Lunatic asylums Bombay report 1891-1903 - 1891-1903
Year: 1891
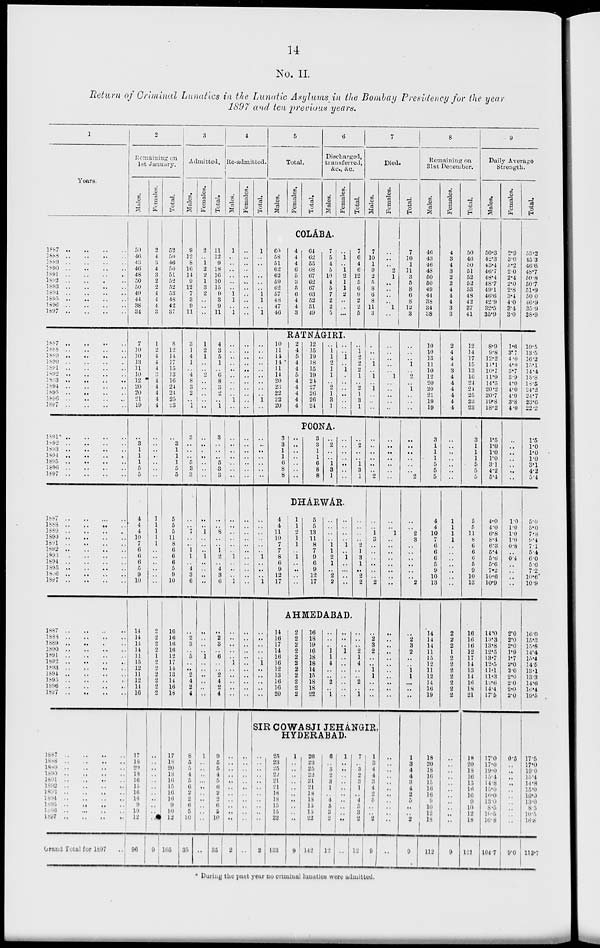
14
No. II.
Return of Criminal Lunatics in the Lunatic Asylums in the Bombay Presidency for the year
1897 and ten previous years.
1
Years.
1887
..
..
..
..
1888
..
..
..
..
1889
..
..
..
..
1890 .. .. .. ..
1891 .. .. .. ..
1892
..
..
..
..
1893
..
..
..
..
1894 .. .. .. ..
1895
..
..
..
..
1896 .. .. .. ..
1897
..
..
..
..
1887 .. .. .. ..
1888 .. .. .. ..
1889
..
..
..
..
1890
..
..
..
..
1891
..
..
..
..
1892 .. .. .. ..
1893 .. .. .. ..
1894
..
..
..
..
1895 .. .. .. ..
1896
..
..
..
..
1897 .. .. .. ..
1891 .. .. .. ..
1892
..
..
..
..
1893 .. .. .. ..
1894 .. .. .. ..
1895
..
..
..
..
1896
..
..
..
..
1897
..
..
..
..
1887
..
..
..
..
1888
..
..
..
..
1889
..
..
..
..
1891
..
..
..
..
1892
..
..
..
..
1893
..
..
..
..
1894
..
..
..
..
1895 .. .. .. ..
1896
..
..
..
..
1897
..
..
..
..
1887
..
..
..
..
1888 .. .. .. ..
1889 .. .. .. ..
1890 .. .. .. ..
1891
..
..
..
..
1892
..
..
..
..
1893 .. .. .. ..
1894
..
..
..
..
1895
..
..
..
..
1896 .. .. .. ..
1897 .. .. .. ..
1887
..
..
..
..
1888
..
..
..
..
1889
..
..
..
..
1890
..
..
..
..
1891
..
..
..
..
1892
..
..
..
..
1893 .. .. .. ..
1894 .. .. .. ..
1895 .. .. .. ..
1896 .. .. .. ..
1897
..
..
..
..
Grand Total for 1897 ..
2
Remaining on
1st January.
Males.
50
46
43
46
48
50
50
49
44
38
34
7
10
10
13
11
10
12
20
20
21
19
..
3
1
1
1
5
5
4
4
4
10
7
6
6
6
5
9
10
14
14
14
14
11
15
12
11
12
14
16
17
18
20
18
16
15
16
16
9
10
12
96
Females.
2
4
8
4
3
2
2
4
4
4
3
1
2
4
4
4
3
4
4
4
4
4
..
..
..
..
..
..
..
1
1
1
1
1
..
..
..
..
..
..
2
2
2
2
1
2
2
2
2
2
2
..
..
..
..
..
..
..
..
..
..
..
9
Total.
52
50
46
50
51
52
52
53
48
42
37
8
12
14
17
15
33
16
24
24
25
23
..
3
1
1
1
5
5
5
5
5
11
8
6
6
6
5
9
10
16
16
16
10
12
17
14
13
14
16
18
17
18
20
18
16
15
16
16
9
10
12
105
3
Admitted.
Males.
9
12
8
16
14
9
12
7
3
9
11
3
1
4
1
..
4
8
3
2
..
1
3
..
..
..
5
3
3
..
..
7
..
..
1
1
..
4
3
6
..
2
3
..
5
..
..
2
4
2
4
8
5
5
4
5
6
2
2
6
5
10
35
Females.
2
..
1
2
2
1
3
2
..
..
..
1
2
1
..
..
2
..
..
..
..
..
..
..
..
..
..
..
..
..
..
1
..
..
..
1
..
..
..
..
..
..
..
..
1
..
..
..
..
..
..
1
..
..
..
..
..
..
..
..
..
..
..
Total.
11
12
9
18
16
10
15
9
3
9
11
4
3
5
1
..
6
8
3
2
..
1
3
..
..
..
5
3
3
..
..
8
..
..
1
2
..
4
3
6
..
2
3
..
6
..
..
2
4
2
4
9
5
5
4
5
6
2
2
6
5
10
35
4
Re-admitted.
Males.
1
..
..
..
..
..
..
1
1
..
1
..
..
..
..
..
..
..
..
..
1
..
..
..
..
..
..
..
..
..
..
..
..
..
..
1
..
..
..
1
..
..
..
..
..
1
..
..
..
..
..
..
..
..
..
..
..
..
..
..
..
..
2
Females.
..
..
..
..
..
..
..
..
..
..
1
..
..
..
..
..
..
..
..
..
..
..
..
..
..
..
..
..
..
..
..
..
..
..
..
..
..
..
..
..
..
..
..
..
..
..
..
..
..
..
..
..
..
..
..
..
..
..
..
..
..
..
..
Total.
1
..
..
..
..
..
..
1
1
..
1
..
..
..
..
..
..
..
..
..
1
..
..
..
..
..
..
..
..
..
..
..
..
..
1
..
..
..
1
..
..
..
..
1
..
..
..
..
..
5
Total.
Males.
Females.
Total.
6
Discharged,
transferred,
&c., &c.
Males.
Females.
Total.
COLÁBA.
60
58
51
62
62
59
62
57
48
47
46
4
4
4
6
5
3
5
6
4
4
3
64
62
55
68
67
62
67
63
52
51
49
7
5
4
5
10
4
5
7
2
2
5
..
1
..
1
2
1
1
2
..
..
..
7
6
4
6
12
5
6
9
2
2
5
RATNÁGIRI.
10
11
14
14
11
14
20
23
22
22
20
2
4
5
4
4
5
4
4
4
4
4
12
15
19
18
15
19
24
27
26
26
24
..
1
1
2
1
..
..
2
1
3
1
..
..
1
..
1
1
..
..
..
..
..
..
1
2
2
2
1
..
2
1
3
1
POONA.
3
3
1
1
6
8
8
..
..
..
..
..
..
..
3
3
1
1
6
8
8
..
2
..
..
1
3
1
..
..
..
..
..
..
..
..
2
..
..
1
3
1
DHÁRWÁR.
4
4
11
10
7
7
8
6
9
12
17
1
1
2
1
1
..
1
..
..
..
..
5
5
13
11
8
7
9
6
9
12
17
..
..
..
..
1
1
2
1
..
2
2
..
..
..
..
1
..
1
..
..
..
..
..
..
..
..
2
1
3
1
..
2
2
AHMEDABAD.
14
16
17
14
16
16
12
13
16
16
20
2
2
2 2
2
2
2
2
2
2
2
16
18
19
16
18
18
14
15
18
18
22
..
..
..
1
1
4
..
..
2
..
1
..
..
..
1
..
..
..
..
..
..
..
..
..
..
2
1
4
..
..
2
..
1
7
Died.
Males.
7
10
1
9
2
5
8
6
8
11
3
..
..
..
1
..
1
..
1
..
..
..
..
..
..
..
..
..
2
..
..
1
3
..
..
..
..
..
..
2
..
2
3
2
..
..
1
1
..
..
..
SIR COWASJI JEHÁNGIR
HYDERABAD.
..
..
..
..
..
..
..
..
..
..
..
8
25
23
25
22
21
21 18
18
15
15
22
133
1
..
..
..
..
..
..
..
..
..
..
9
26
23
25
22
21
21
18
18
15
15
22
142
6
..
3
2
3
1
..
4
5
3
2
12
1
..
..
..
..
..
..
..
..
..
..
..
7
..
3
2
3
1
..
4
5
3
2
12
1
3
4
4
3
4
2
5
..
..
2
9
Females.
..
..
..
2
1
..
..
..
..
1
..
..
..
..
..
..
1
..
..
..
..
..
..
..
..
..
..
..
..
..
..
1
..
..
..
..
..
..
..
..
..
..
..
..
..
..
..
..
..
..
..
..
..
..
..
..
..
..
..
..
..
..
..
Total.
7
10
1
11
3
5
8
6
8
12
3
..
..
..
1
..
2
..
1
..
..
..
..
..
..
..
..
..
2
..
..
2
3
..
..
..
..
..
..
2
..
2
3
2
..
..
1
1
..
..
..
1
3
4
4
3
4
2
5
..
..
2
9
8
Remaining on
31st December.
Males.
46
43
46
48
50
60
49
44
38
34
38
10
10
13
11
10
12
20
20
21
19
19
3
1
1
1
5
5
5
4
4
10
7
6
6
6
5
9
10
13
14
14
14
11
15
12
11
12
14
16
19
18
20
18
16
15
16
16
9
10
12
18
113
Females.
4
3
4
3
2
2
4
4
4
3
3
2
4
4
4
3
4
4
4
4
4
4
..
..
..
..
..
..
..
1
1
1
1
..
..
..
..
..
..
..
2
2
2
1
2
2
2
2
2
2
2
..
..
..
..
..
..
..
..
..
..
..
9
Total.
50
46
50
51
52
52
53
48
42
37
41
12
14
17
15
33
10
24
24
25
23
23
3
1
1
1
5
5
5
5
5
11
8
6
6
6
5
9
10
13
16
16
16
12
17
14
13
14
16
18
21
18
20
18
16
15
16
16
9
10
12
18
121
9
Daily Average
Strength.
Males.
50.3
42.3
43.4
46.7
48.4
48.7
49.1
46.6
42.9
32.5
35.9
8.9
9.8
12.2
11.1
10.7
11.9
14.5
20.2
20.7
19.8
18.2
1.5
1.0
1.0
1.0
3.1
4.2
5.4
4.0
4.0
6.8
8.4
6.3
5.4
5.6
5.6
7.2
10.6
10.9
14.0
13.3
13.8
12.5
13.7
12.5
11.1
11.3
12.6
14.4
17.6
17.0
17.0
19.0
15.4
14.8
15.0
16.0
13.0
8.5
16.5
16.8
104.7
Females.
2.9
3.0
3.2
2.0
2.4
2.0
2.8
3.4
4.0
3.4
3.0
1.6
3.7
4.0
4.0
3.7
3.9
4.0
4.0
4.0
3.8
4.0
..
..
..
..
..
..
..
1.0
1.0
1.0
1.0
0.8
..
0.4
..
..
..
. .
2.0
2.0
2.0
1.9
1.7
2.0
2.0
2.0
2.0
2.0
2.0
0.5
..
..
..
..
..
..
..
..
..
..
9.0
Total.
53.2
45.3
46.6
48.7
50.8
50.7
51.9
50.0
46.9
35.9
38.9
10.5
13.5
16.2
15.1
14.4
15.8
18.5
24.2
24.7
23.6
22.2
1.5
1.0
1.0
1.0
3.1
4.2
5.4
5.0
5.0
7.8
9.4
7.1
5.4
6.0
5.6
7.2
10.6
10.9
16.0
15.3
15.8
14.4
15.4
14.5
13.1
13.3
14.6
16.4
19.5
17.5
17.0
19.0
15.4
14.8
15.0
16.0
13.0
85
10.5
16.8
113.7
* During the past year no criminal lunatics were admitted.